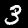
Digit: 3